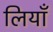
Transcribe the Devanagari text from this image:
लियाँ